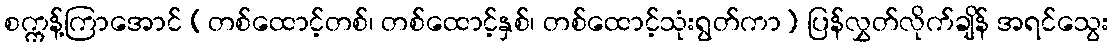
စက္ကန့်ကြာအောင် (တစ်ထောင့်တစ်၊ တစ်ထောင့်နှစ်၊ တစ်ထောင့်သုံးရွတ်ကာ) ပြန်လွှတ်လိုက်ချိန် အရင်သွေး